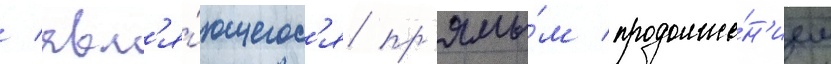
/ явл'я́ющегос'я пр'ямы́м продолже́н'ием